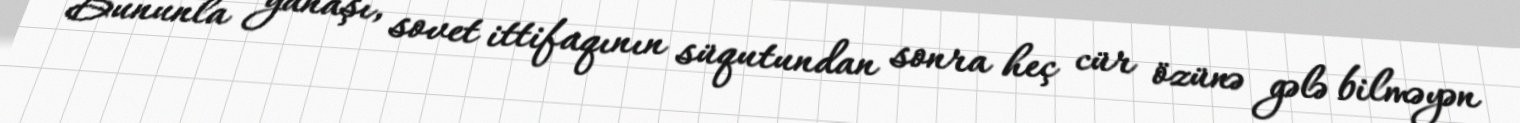
Bununla yanaşı, sovet ittifaqının süqutundan sonra heç cür özünə gələ bilməyən